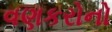
વણકરોનો